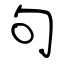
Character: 句